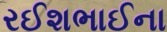
રઈશભાઈના